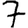
Digit: 7